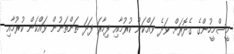
މީސްމީހުންގެ ގެދޮރަށް ވަދެ ވައްކަން ކުރުމާއި ފިހާރަ ފަދަ ތަންތަނުން ވައްކަން ކުރުމާއި